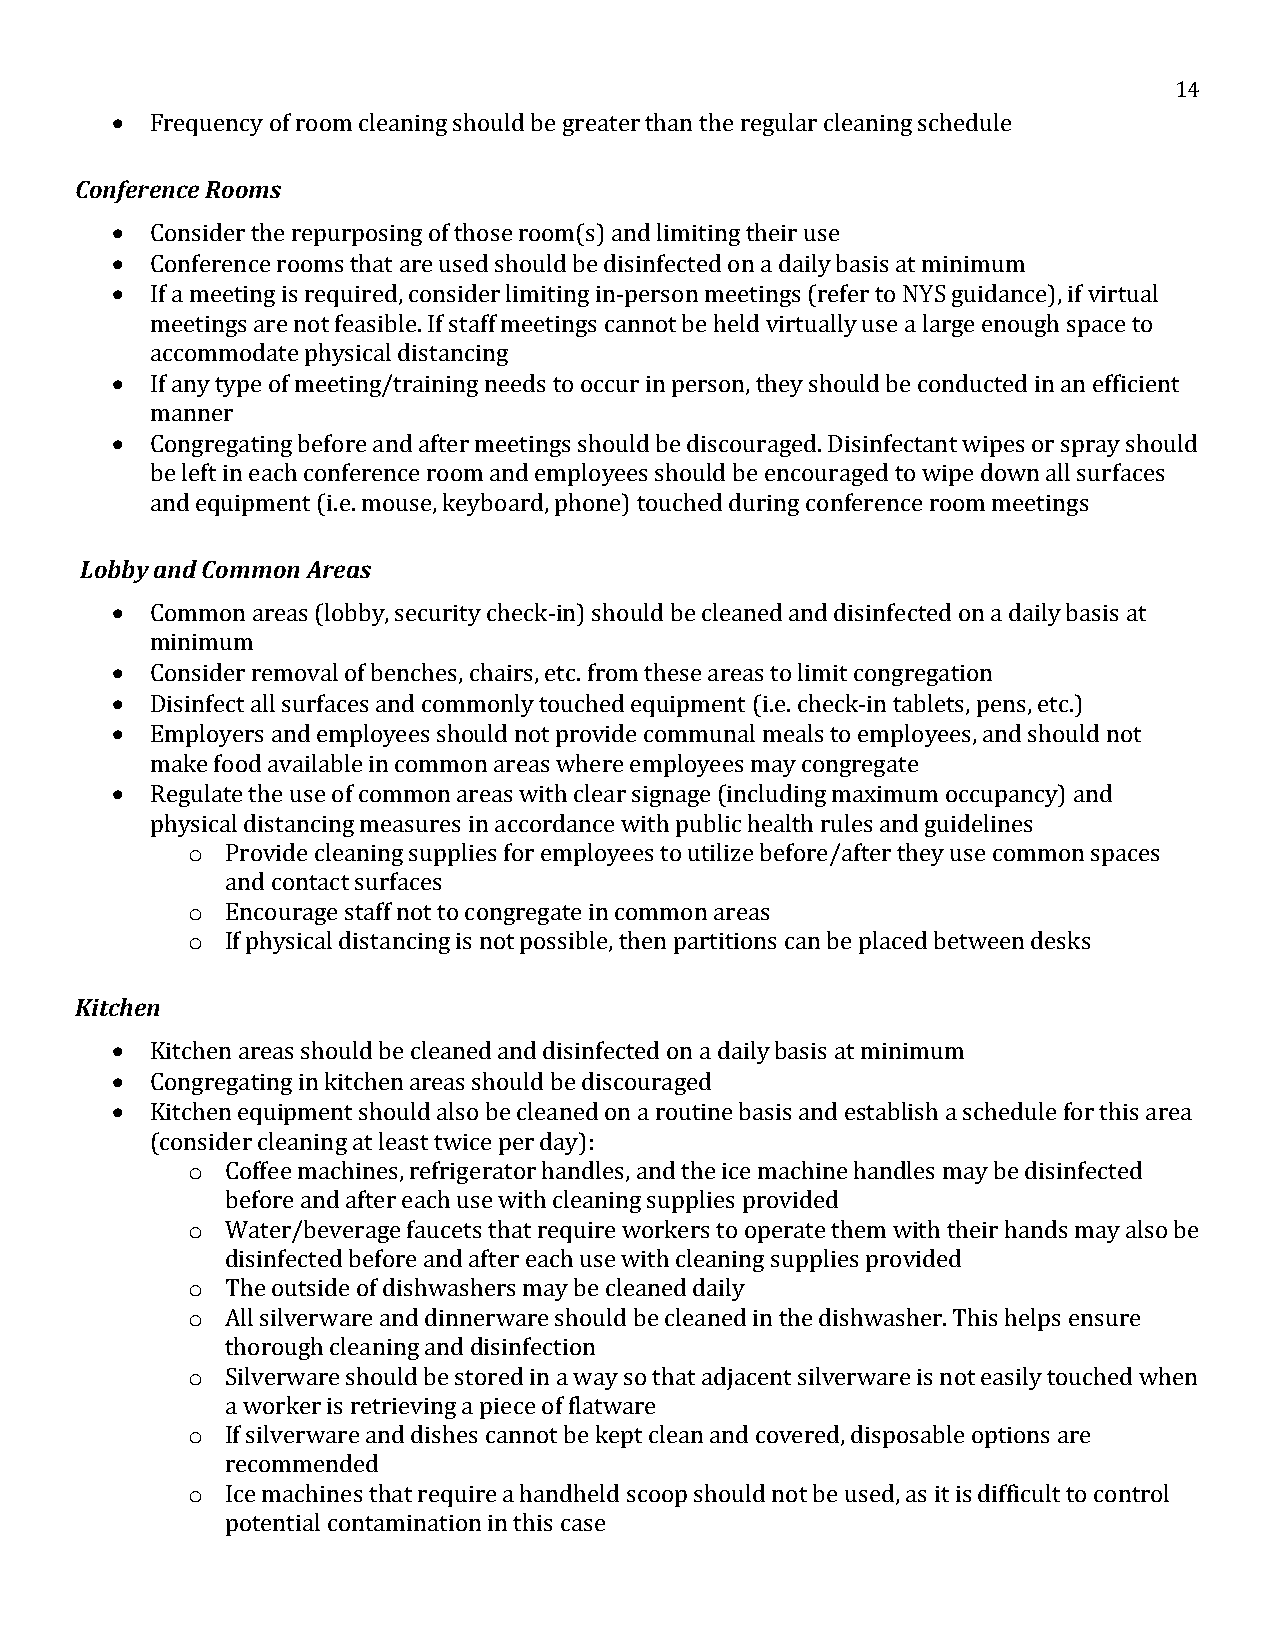
14
   Frequency of room cleaning should be greater than the regular cleaning schedule
 Conference Rooms
   Consider the repurposing of those room(s) and limiting their use
   Conference rooms that are used should be disinfected on a daily basis at minimum
   If a meeting is required, consider limiting in-person meetings (refer to NYS guidance), if virtual
 meetings are not feasible. If staff meetings cannot be held virtually use a large enough space to
 accommodate physical distancing
   If any type of meeting/training needs to occur in person, they should be conducted in an efficient
 manner
   Congregating before and after meetings should be discouraged. Disinfectant wipes or spray should
 be left in each conference room and employees should be encouraged to wipe down all surfaces
 and equipment (i.e. mouse, keyboard, phone) touched during conference room meetings
 Lobby and Common Areas
   Common areas (lobby, security check-in) should be cleaned and disinfected on a daily basis at
 minimum
   Consider removal of benches, chairs, etc. from these areas to limit congregation
   Disinfect all surfaces and commonly touched equipment (i.e. check-in tablets, pens, etc.)
   Employers and employees should not provide communal meals to employees, and should not
 make food available in common areas where employees may congregate
   Regulate the use of common areas with clear signage (including maximum occupancy) and
 physical distancing measures in accordance with public health rules and guidelines
 o  Provide cleaning supplies for employees to utilize before/after they use common spaces
 and contact surfaces
 o  Encourage staff not to congregate in common areas
 o  If physical distancing is not possible, then partitions can be placed between desks
 Kitchen
   Kitchen areas should be cleaned and disinfected on a daily basis at minimum
   Congregating in kitchen areas should be discouraged
   Kitchen equipment should also be cleaned on a routine basis and establish a schedule for this area
 (consider cleaning at least twice per day):
 o  Coffee machines, refrigerator handles, and the ice machine handles may be disinfected
 before and after each use with cleaning supplies provided
 o  Water/beverage faucets that require workers to operate them with their hands may also be
 disinfected before and after each use with cleaning supplies provided
 o  The outside of dishwashers may be cleaned daily
 o  All silverware and dinnerware should be cleaned in the dishwasher. This helps ensure
 thorough cleaning and disinfection
 o  Silverware should be stored in a way so that adjacent silverware is not easily touched when
 a worker is retrieving a piece of flatware
 o  If silverware and dishes cannot be kept clean and covered, disposable options are
 recommended
 o  Ice machines that require a handheld scoop should not be used, as it is difficult to control
 potential contamination in this case